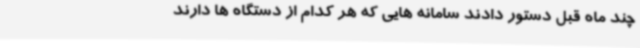
چند ماه قبل دستور دادند سامانه هایی که هر کدام از دستگاه ها دارند